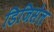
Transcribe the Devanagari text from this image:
डिजिसेल